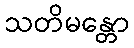
သတိမန္တော